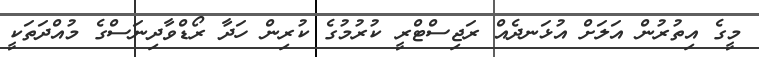
މީގެ އިތުރުން އަލަށް އުޅަނދެއް ރަޖިސްޓްރީ ކުރުމުގެ ކުރިން ހަދާ ރޯޑްވާދިނަސްގެ މުއްދަތަކީ